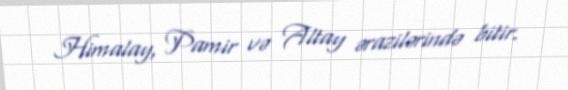
Himalay, Pamir və Altay ərazilərində bitir.